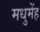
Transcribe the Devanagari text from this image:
मधुमेंह